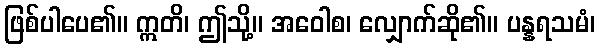
ဖြစ်ပါပေ၏။ ဣတိ၊ ဤသို့။ အဝေါစ၊ လျှောက်ဆို၏။ ပန္နရသမံ၊